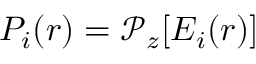
P _ { i } ( r ) = \mathcal { P } _ { z } { [ E _ { i } ( r ) ] }